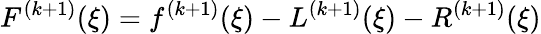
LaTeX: F^{(k+1)}(\xi)=f^{(k+1)}(\xi)-L^{(k+1)}(\xi)-R^{(k+1)}(\xi)